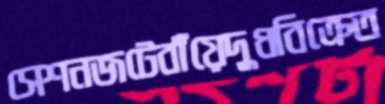
সেশনজটেবাঁয়েদুধবিক্রেত